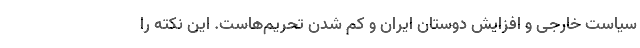
سیاست خارجی و افزایش دوستان ایران و کم شدن تحریم‌هاست. این نکته را